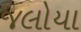
જલોયા